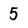
Character: 5